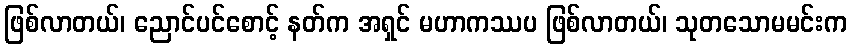
ဖြစ်လာတယ်၊ ညောင်ပင်စောင့် နတ်က အရှင် မဟာကဿပ ဖြစ်လာတယ်၊ သုတသောမမင်းက